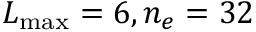
L _ { \operatorname* { m a x } } = 6 , n _ { e } = 3 2